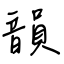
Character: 韻